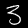
Label: 3